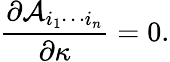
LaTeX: {\frac{\partial{\cal A}_{i_{1}\cdots i_{n}}}{\partial\kappa}}=0.